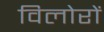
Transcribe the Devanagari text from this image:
विलोरों